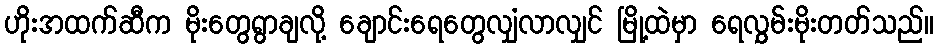
ဟိုးအထက်ဆီက မိုးတွေရွာချလို့ ချောင်းရေတွေလျှံလာလျှင် မြို့ထဲမှာ ရေလွှမ်းမိုးတတ်သည်။